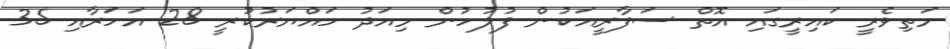
މަތިވެރީ ކައިރީގައި އޮތް ސަފާރީއަކުން ފުލުހުން މިއަދު ހައްޔަރުކުރީ 28 އަހަރާއި 35